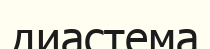
диастема